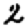
Digit: 2